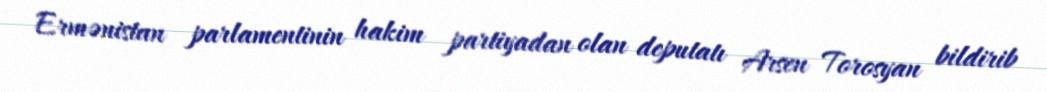
Ermənistan parlamentinin hakim partiyadan olan deputatı Arsen Torosyan bildirib